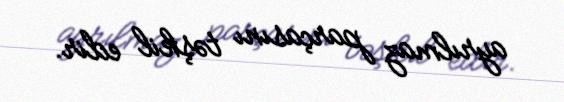
ayrılmaz parçasını təşkil edir.